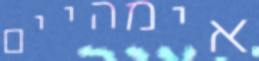
אימהיים